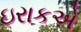
ઇરાકએ